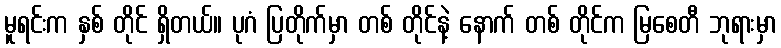
မူရင်းက နှစ် တိုင် ရှိတယ်။ ပုဂံ ပြတိုက်မှာ တစ် တိုင်နဲ့ နောက် တစ် တိုင်က မြစေတီ ဘုရားမှာ